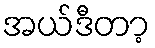
အယ်ဒီတာ့